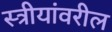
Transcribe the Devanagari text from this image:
स्त्रीयांवरील